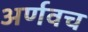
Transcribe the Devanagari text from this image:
अर्णवच